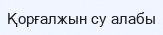
Қорғалжын су алабы